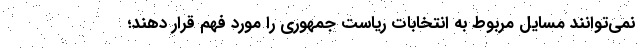
نمی‌توانند مسایل مربوط به انتخابات ریاست جمهوری را مورد فهم قرار دهند؛